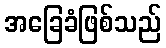
အခြေခံဖြစ်သည်